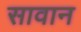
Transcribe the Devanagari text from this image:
सावान